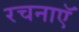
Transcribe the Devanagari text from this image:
रचनाएॅ